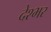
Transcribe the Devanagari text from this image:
देश्भर